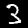
Digit: 3